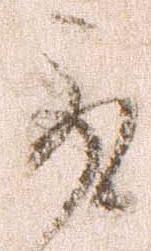
取